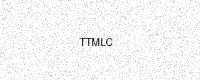
Text: TTMLC